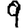
Digit: 9